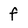
Character: f